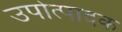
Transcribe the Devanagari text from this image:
उपोत्पादक